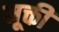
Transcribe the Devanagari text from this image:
मूक्ती